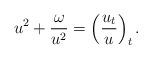
LaTeX: \begin{gather*}u^2 + \frac{\omega}{u^2} = \left(\frac{u_t}{u}\right)_t.\end{gather*}